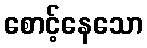
စောင့်နေသော